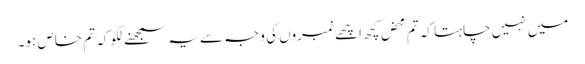
میں نہیں چاہتا کہ تم محض کچھ اچھے نمبروں کی وجہ سے یہ سمجھنے لگو کہ تم خاص ہو۔